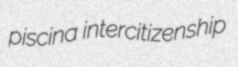
piscina intercitizenship